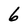
Character: 6